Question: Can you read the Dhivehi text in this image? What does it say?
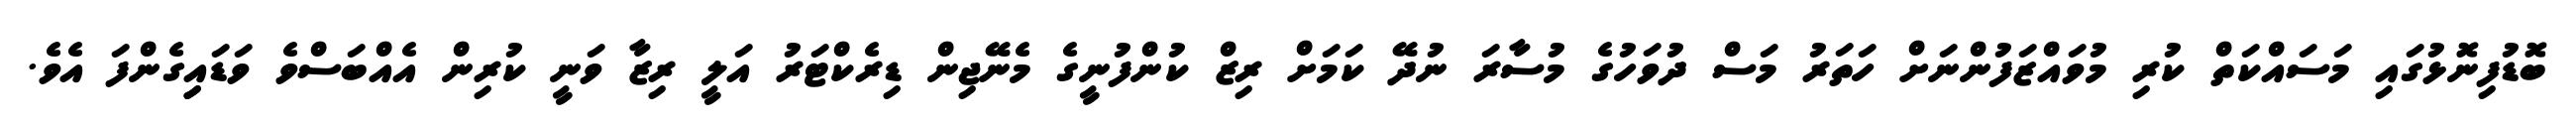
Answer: ބޮޑުފިނޮޅުގައި މަސައްކަތް ކުރި މުވައްޒަފުންނަށް ހަތަރު މަސް ދުވަހުގެ މުސާރަ ނުދޭ ކަމަށް ރިޒް ކުންފުނީގެ މެނޭޖިން ޑިރެކްޓަރު އަލީ ރިޒާ ވަނީ ކުރިން އެއްބަސްވެ ވަޑައިިގެންފަ އެވެ.